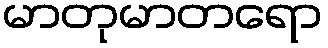
မာတုမာတရော